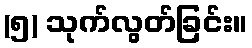
(၅) သုက်လွတ်ခြင်း။